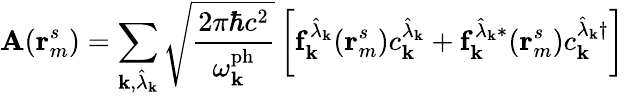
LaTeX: \mathbf{A}(\mathbf{r}_{m}^{s})=\sum_{\mathbf{k},\hat{\lambda}_{\mathbf{k}}}\sqrt{\frac{2\pi\hbar c^{2}}{\omega_{\mathbf{k}}^{\mathrm{ph}}}}\left[\mathbf{f}_{\mathbf{k}}^{\hat{\lambda}_{\mathbf{k}}}(\mathbf{r}_{m}^{s})c_{\mathbf{k}}^{\hat{\lambda}_{\mathbf{k}}}+{\mathbf{f}_{\mathbf{k}}^{\hat{\lambda}_{\mathbf{k}}*}}(\mathbf{r}_{m}^{s}){c_{\mathbf{k}}^{\hat{\lambda}_{\mathbf{k}}\dagger}}\right]